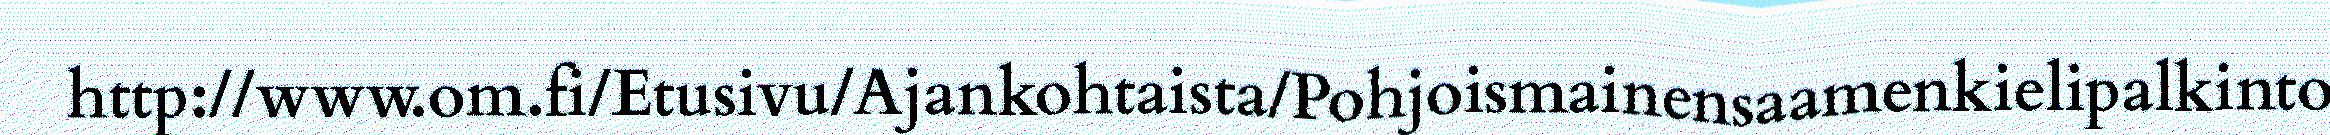
http://www.om.fi/Etusivu/Ajankohtaista/Pohjoismainensaamenkielipalkinto